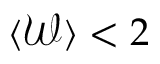
\langle \mathcal { W } \rangle < 2